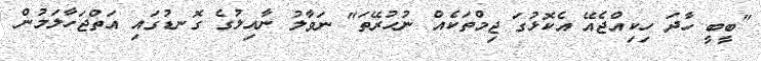
"ބީބީ ހާދަ ހިކިއްޖެއޭ އެކޮޅުގަ ޖިމްތަކެއް ނުހުރޭތަ" ނަވާލު ނާއިލުގެ ގޮނޑުގައި އަތްޖަހާލަމުން